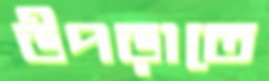
উপড়াতে